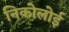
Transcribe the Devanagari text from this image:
निकोलोई